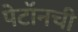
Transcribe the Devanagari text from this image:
पेटॉनची